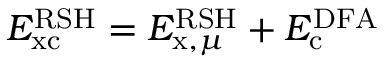
E _ { \mathrm { x c } } ^ { \mathrm { R S H } } = E _ { \mathrm { x } , \mu } ^ { \mathrm { R S H } } + E _ { \mathrm { c } } ^ { \mathrm { D F A } }